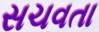
સચવતા